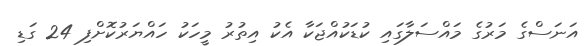
އަނަސްގެ މަރުގެ މައްސަލާގައި ކުޑަކުއްޖަކާ އެކު އިތުރު މީހަކު ހައްޔަރުކޮށްފި 24 ގަޑި